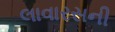
લાવારસની